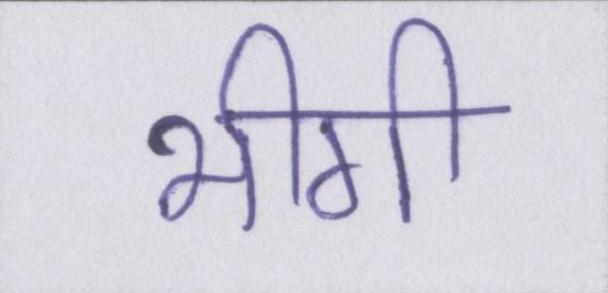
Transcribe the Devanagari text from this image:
भीगी